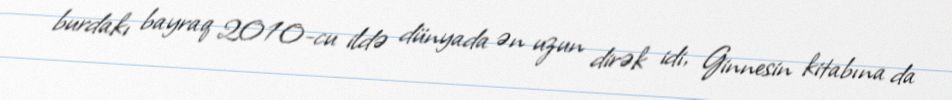
burdakı bayraq 2010-cu ildə dünyada ən uzun dirək idi, Ginnesin kitabına da